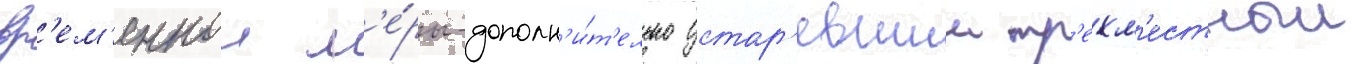
вр'ем'еннои м'е́ры-дополн'и́т'ельно устар'евшии тр'ехм'естныи